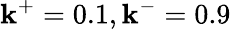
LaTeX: \mathbf{k}^{+}=0.1,\mathbf{k}^{-}=0.9